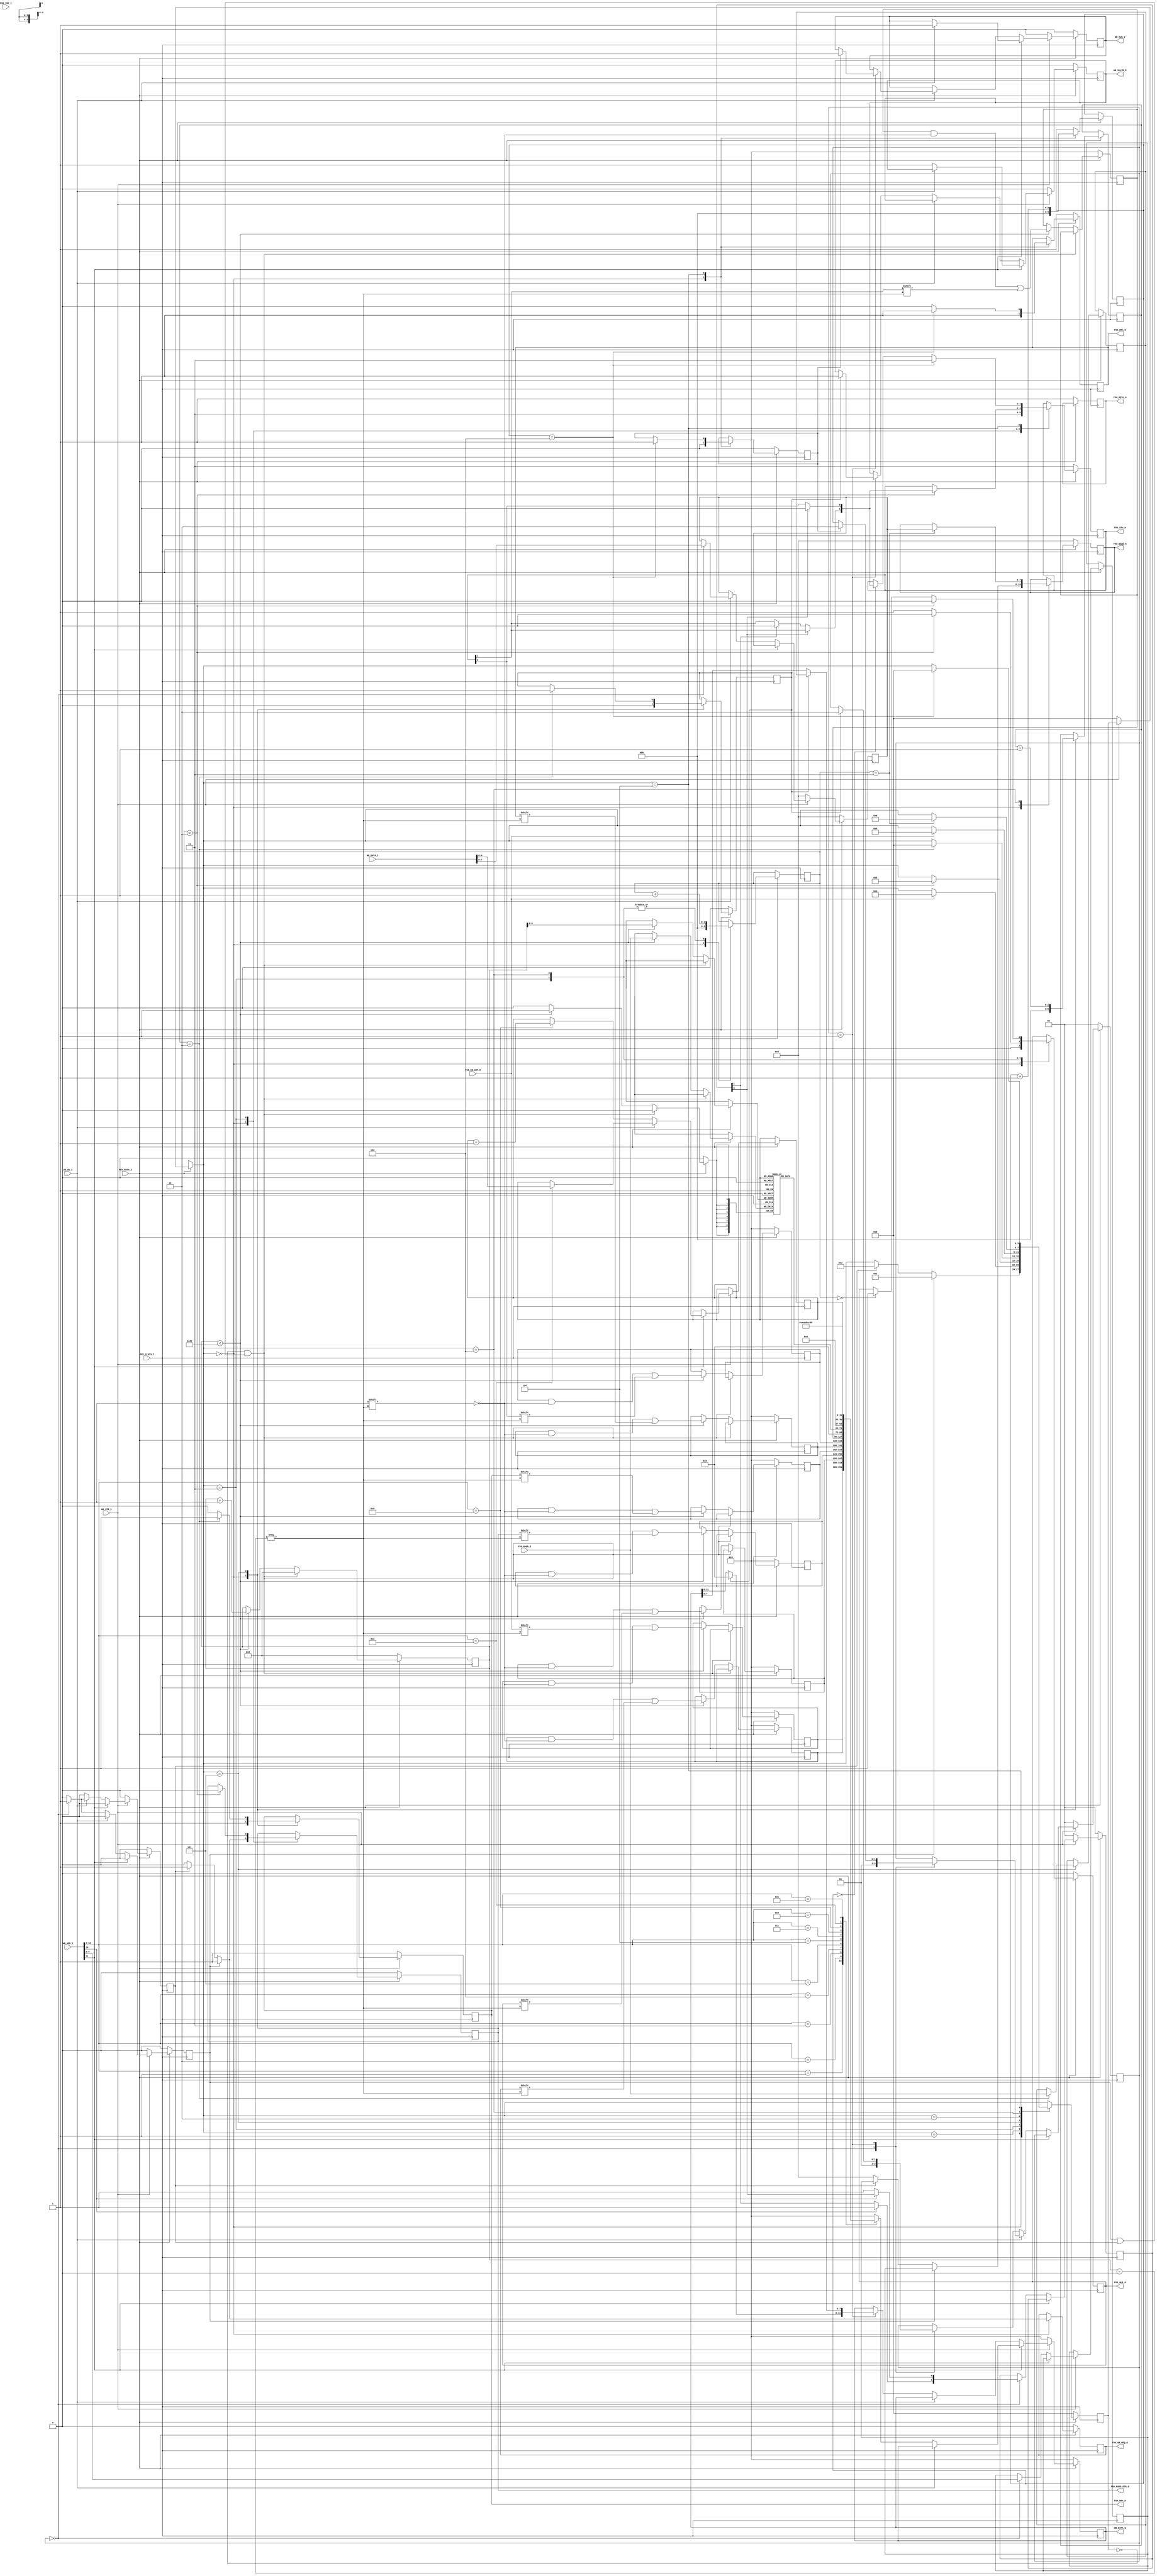
`timescale 1ns / 1ps
//////////////////////////////////////////////////////////////////////////////////
// Company: 
// Engineer: 
// 
// Design Name: 
// Module Name: FALC56_WB_TYPE2
// Project Name: 
// Target Devices: 
// Tool Versions: 
// Description: 
// 
// Dependencies: 
// 
// Revision:
// Revision 0.01 - File Created
// Additional Comments:
// 
//////////////////////////////////////////////////////////////////////////////////


module FALC56_WB_TYPE2(
	input PHY_CLK33_I,
	input PHY_RSTn_I,
	
	
	input      [31:0]  WB_ADD_I,
	output reg [31:0]  WB_DATA_O = 0,
	input      [31:0]  WB_DATA_I,
	
	output reg WB_ACK_O = 0,
	output reg WB_VALID_O = 0,
	
	input WB_STB_I,
	input WB_WE_I,
	
	output reg F56_WB_REQ_O = 0,
	input      F56_WB_GNT_I,
	
	input       [7:0] F56_BADD_I,
	output reg  [7:0] F56_BADD_O = 0,
	output reg        F56_BADD_DIR_O = 0,

	output reg 		  F56_ALE_O = 0,
	output reg 		  F56_RDn_O = 1,
	output reg 		  F56_WRn_O = 1,
	output reg 	[1:0] F56_CSn_O = 2'b11,
	output reg		  F56_RSTn_O = 1,
	input       [1:0] F56_INT_I 
    );
	
	reg WRITE_FLAG = 0;
	reg READ_FLAG  = 0;
	reg WRITE_END = 0;
	reg READ_END = 0;
	
	reg [7:0]  REG_ADD = 0;

	reg [1:0] CHIP_SEL = 0;
	
	reg [7:0] REG_READ_DATA = 0;
	
	reg [7:0] REG_WRITE_DATA = 0;
	reg DEBUG_MODE = 0;
	
	localparam START_T2 = 0;
	localparam WAITE_T2 = 1;
	localparam END_T2   = 2;
	
	reg [1:0] WB_TYPE2_STATE = START_T2;
	
	reg [31:0] GNT_CAPTURE = 0;
	reg [31:0] REQ_CAPTURE = 0;
	reg [31:0] ALE_CAPTURE = 0;
	reg [31:0] BADD_DIR_CAPTURE = 0;
	reg [31:0] RDn_CAPTURE = 0;
	reg [31:0] WRn_CAPTURE = 0;
	reg [31:0] Csn0_CAPTURE = 0;
	reg [31:0] Csn1_CAPTURE = 0;
	reg [7:0] DATA_CAP[31:0];
	reg [4:0] readVector = 0;
	
always @(posedge PHY_CLK33_I)
		begin
			if(PHY_RSTn_I == 0)
				begin
					WB_DATA_O =      0;
					WB_ACK_O =       0;
					WB_VALID_O =     0;
				    WRITE_FLAG =     0;
				    READ_FLAG  =     0;
					CHIP_SEL =       0;
					REG_WRITE_DATA = 0;
					WB_TYPE2_STATE = START_T2;
				end
			else if (WB_STB_I == 0)
				begin
					WB_DATA_O =      0;
					WB_ACK_O =       0;
					WB_VALID_O =     0;
					WRITE_FLAG =     0;
					READ_FLAG  =     0;
					REG_WRITE_DATA = 0; 
					CHIP_SEL =       0;
					WB_TYPE2_STATE = START_T2;
				end
			else 
				begin
					READ_FLAG =  0;
					WRITE_FLAG = 0;
					DEBUG_MODE = WB_ADD_I[11]; 
					if (DEBUG_MODE == 0)
						begin
							if (WB_WE_I == 0)
								begin
									case (WB_TYPE2_STATE)
										START_T2 : 
											begin
											 REG_ADD[7:0] = WB_ADD_I[9:2];
											 READ_FLAG = 1;
											 if (WB_ADD_I[10] == 0)
												CHIP_SEL[0] = 1;
											 else
												CHIP_SEL[1] = 1;
											  
											 WB_TYPE2_STATE = WAITE_T2;
											end
										WAITE_T2 :
											begin
												if (READ_END == 1)
													begin
														WB_DATA_O[7:0] = REG_READ_DATA[7:0];
														WB_DATA_O[31:8] = 0;
														WB_TYPE2_STATE = END_T2;
														WB_VALID_O = 1;
													end
												/*else
													begin
														WB_DATA_O[7:0] = 8'haa;
														WB_DATA_O[31:8] = 24'hBBCCDD;
														WB_VALID_O = 1;
													end*/
											end
										END_T2 : 
											;
									endcase
								end
							else
								begin
									case(WB_TYPE2_STATE)
									START_T2 : 
										begin
											REG_ADD[7:0] = WB_ADD_I[9:2];
											WRITE_FLAG = 1;
											if (WB_ADD_I[10] == 0)
												CHIP_SEL[0] = 1;
											else
												CHIP_SEL[1] = 1;
											REG_WRITE_DATA[7:0] = WB_DATA_I[7:0];
											WB_TYPE2_STATE = WAITE_T2;
										end
									WAITE_T2 :
										begin
											if (WRITE_END == 1)
												begin
													WB_ACK_O = 1;
													WB_TYPE2_STATE = END_T2;
												end
										end
									END_T2 : 
										;
									endcase
								end
							end
						else
							begin
								if (WB_WE_I == 0)
									begin
										case (WB_ADD_I[10:2])
											1 :
												WB_DATA_O = GNT_CAPTURE;
											2:
												WB_DATA_O = REQ_CAPTURE;
											3 : 
												WB_DATA_O = ALE_CAPTURE;
											4 :
												WB_DATA_O = BADD_DIR_CAPTURE;
											5 :
												WB_DATA_O = RDn_CAPTURE;
											6 :
												WB_DATA_O = WRn_CAPTURE;
											7 :
												WB_DATA_O = Csn0_CAPTURE;
											8:
												WB_DATA_O = Csn1_CAPTURE;
																
											9 :
												begin
													WB_DATA_O = DATA_CAP[readVector];
													readVector = readVector + 1;
												end
											10 : 
													WB_DATA_O = readVector;
											11 : //Test data
												WB_DATA_O = 32'haabb_cc_dd;
											default :
													WB_DATA_O = 0;
										endcase
										WB_VALID_O = 1;
									end
								else
									begin
										case (WB_ADD_I[10:2])
										/*0 :
										
										*/
										10 :
											begin
												readVector = WB_DATA_I;
											end
										endcase
										WB_ACK_O = 1;
									end							
							end
				end
			end
				
		localparam IDLE = 0;
		localparam RAED_BUS_WAIT = 1;
	    localparam WRITE_BUS_WAIT = 2;
		localparam RAED_ADD_LATCH = 3;
		localparam WRITE_ADD_LATCH = 4;
		localparam READ_REG = 5;
		localparam WRITE_REG = 6;
		localparam WAIT = 7;
		
		localparam ADD_MAX_WAIT = 2; //30ns req -- 60mhz clk = 16.6ns -- 30ns pci clk
		localparam ADD_MAX_RW    = 2; //80ns req -- 60mhz clk = 16.6ns -- 30ns pci clk
		
		reg [3:0]  F56_TYPE2_STATE = IDLE;
		
		reg [2:0] ADD_WAIT = 0;
		reg [2:0] READ_WAIT = 0;
		reg [2:0] WRITE_WAIT = 0;
	
	
		
		
		/*
		CMD_COMMAND { cmd[7:0] ,add[7:0],data[15:0]};
			CMD :
			[7] falcReset        = 1
			[6] chipselect 0 = cs0 1 = cs1
			[5] reserved for other chip
			[4] reserved for other chip
			[3] read = 0 / write = 1
			[2] address re latch = 1
			[1] reserved
			[0] reserved
			
			*/
			
		always @(posedge PHY_CLK33_I)
			if (PHY_RSTn_I == 0)
				begin
		
					F56_BADD_O     = 0;
					F56_BADD_DIR_O = 0;
					F56_ALE_O = 0;
					F56_RDn_O = 1;
					F56_WRn_O = 1;
					F56_CSn_O = 2'b11;
					F56_RSTn_O = 1;
					
					WRITE_END = 0;
					READ_END = 0;
					
					F56_WB_REQ_O = 0;
					F56_TYPE2_STATE = IDLE; 
				end
			else
				begin
					if (WB_STB_I == 0)
						F56_TYPE2_STATE = IDLE;
					case (F56_TYPE2_STATE) 
						IDLE :
							begin
								F56_BADD_O     = 0;
								F56_BADD_DIR_O = 0;
								F56_ALE_O = 0;
								F56_RDn_O = 1;
								F56_WRn_O = 1;
								F56_CSn_O = 2'b11;
								
								
								
								ADD_WAIT = 0;
								READ_WAIT = 0;
								WRITE_WAIT = 0;
								
								WRITE_END = 0;
								READ_END = 0;
								
								F56_WB_REQ_O = 0;
								
								if (READ_FLAG == 1)
									begin
										F56_TYPE2_STATE = RAED_BUS_WAIT;
										F56_BADD_DIR_O = 1;
										F56_BADD_O = REG_ADD;
										F56_WB_REQ_O = 1;
										
									end
								else if (WRITE_FLAG == 1)
									begin
										F56_TYPE2_STATE = WRITE_BUS_WAIT;
										F56_BADD_DIR_O = 1;
										F56_BADD_O = REG_ADD;
										F56_WB_REQ_O = 1;
										
									end
							end
						RAED_BUS_WAIT :
							begin
								if (F56_WB_GNT_I == 1)
									F56_TYPE2_STATE = RAED_ADD_LATCH;
							end
						RAED_ADD_LATCH :
							begin
								F56_ALE_O = 1;
								if (ADD_WAIT == ADD_MAX_WAIT)
									begin
										F56_ALE_O = 0;
										if (CHIP_SEL[0] == 1)
											F56_CSn_O[0] = 0;
										else if (CHIP_SEL[1] == 1)
											F56_CSn_O[1] = 0;
										F56_TYPE2_STATE = READ_REG ;
										F56_BADD_DIR_O = 0;
									end
								
								ADD_WAIT = ADD_WAIT + 1;
							end
						READ_REG :
							begin
								F56_RDn_O = 0;
								if (READ_WAIT == ADD_MAX_RW)
										begin
											REG_READ_DATA[7:0] = F56_BADD_I[7:0];
											READ_END = 1;
											F56_TYPE2_STATE = IDLE;
											F56_RDn_O = 1;
										end
								READ_WAIT = READ_WAIT + 1;
							end
						WRITE_BUS_WAIT :
							begin
								if (F56_WB_GNT_I == 1)
									F56_TYPE2_STATE = WRITE_ADD_LATCH;
							end
						WRITE_ADD_LATCH :
							begin
								if(ADD_WAIT == 0)
									F56_ALE_O = 1;
								if (ADD_WAIT == ADD_MAX_WAIT)
									F56_ALE_O = 0;
								if (ADD_WAIT == ADD_MAX_WAIT+1)
									begin
										F56_BADD_O[7:0] = REG_WRITE_DATA[7:0];
										F56_TYPE2_STATE = WRITE_REG ;
									end
								ADD_WAIT = ADD_WAIT + 1;
							end
						WRITE_REG :
							begin
								F56_WRn_O = 0;
								if (WRITE_WAIT == 0)
									begin
										if (CHIP_SEL[0] == 1)
												F56_CSn_O[0] = 0;
										else if (CHIP_SEL[1] == 1)
												F56_CSn_O[1] = 0;
									end
								if (WRITE_WAIT == ADD_MAX_RW + 2)
									begin
										F56_TYPE2_STATE = IDLE;
										F56_CSn_O = 2'b11;
										WRITE_END = 1;
										F56_WRn_O = 1;
									end
								WRITE_WAIT = WRITE_WAIT + 1;
							end
						
					endcase
					
				end
				
		reg [5:0] reg_counter = 0;
		always @(posedge PHY_CLK33_I)
				begin
					if (PHY_RSTn_I == 0)
						begin
						    GNT_CAPTURE			= 0;
						    REQ_CAPTURE         = 0;
							ALE_CAPTURE      = 0;
			                BADD_DIR_CAPTURE = 0;
			                RDn_CAPTURE      = 0;
			                WRn_CAPTURE      = 0;
							Csn0_CAPTURE 	 = 0;
							Csn1_CAPTURE     = 0;
							reg_counter      = 0;
							
							
						end
					else
						begin
						   if (F56_TYPE2_STATE == IDLE && (READ_FLAG == 1 || WRITE_FLAG == 1))
								begin
									reg_counter = 0;
								end	
						   else if (reg_counter < 32)
								begin
									GNT_CAPTURE[reg_counter] =  F56_WB_GNT_I;
									REQ_CAPTURE[reg_counter] =  F56_WB_REQ_O;
									ALE_CAPTURE[reg_counter] =  F56_ALE_O;  
									BADD_DIR_CAPTURE[reg_counter] = F56_BADD_DIR_O; // 16
									RDn_CAPTURE[reg_counter] =      F56_RDn_O;  // 20
									WRn_CAPTURE[reg_counter] =      F56_WRn_O;
									Csn0_CAPTURE[reg_counter] =     F56_CSn_O[0];
									Csn1_CAPTURE[reg_counter] =     F56_CSn_O[1];
									DATA_CAP[reg_counter] = F56_BADD_I;
									reg_counter = reg_counter + 1; 
								end
							else
								reg_counter = reg_counter;
						end
				end         
endmodule